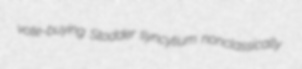
vote-buying Stodder syncytium nonclassically